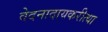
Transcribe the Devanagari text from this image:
वेदनादायकरीत्या